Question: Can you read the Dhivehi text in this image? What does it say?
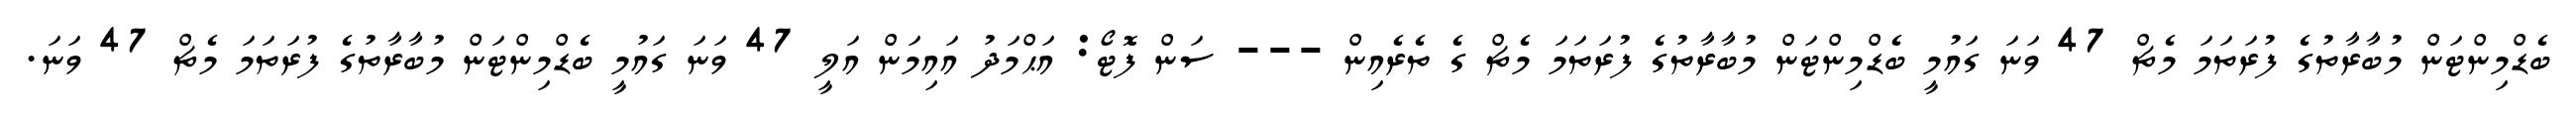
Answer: ބެޑްމިންޓަން މުބާރާތުގެ ފުރަތަމަ މެޗް 47 ވަނަ ގައުމީ ބެޑްމިންޓަން މުބާރާތުގެ ފުރަތަމަ މެޗް ގެ ތެރެއިން --- ސަން ފޮޓޯ: އަޙްމަދު އައިމަން އަލީ 47 ވަނަ ގައުމީ ބެޑްމިންޓަން މުބާރާތުގެ ފުރަތަމަ މެޗް 47 ވަނަ.